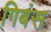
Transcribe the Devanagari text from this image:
गिबंस